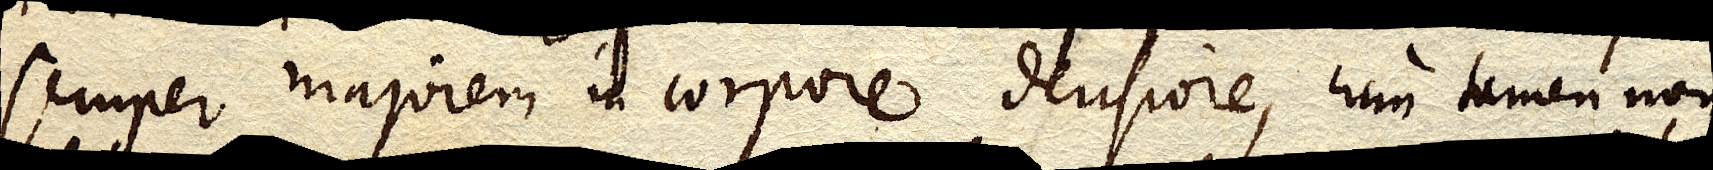
semper majorem in corpore densiore, cum tamen non